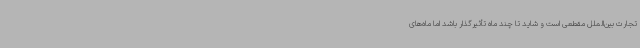
تجارت بین‌الملل مقطعی است و شاید تا چند ماه تأثیرگذار باشد اما ماه‌های